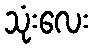
သုံးလေး